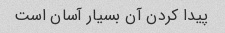
پیدا کردن آن بسیار آسان است